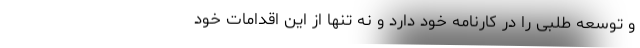
و توسعه طلبی را در کارنامه خود دارد و نه تنها از این اقدامات خود